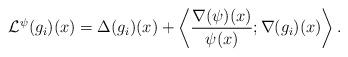
LaTeX: \begin{align*}\mathcal{L}^{\psi}(g_i)(x) = \Delta(g_i)(x) +\left\langle \frac{\nabla(\psi)(x)}{\psi(x)} ; \nabla(g_i)(x) \right\rangle. \end{align*}